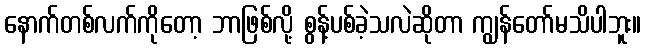
နောက်တစ်လက်ကိုတော့ ဘာဖြစ်လို့ စွန့်ပစ်ခဲ့သလဲဆိုတာ ကျွန်တော်မသိပါဘူး။